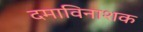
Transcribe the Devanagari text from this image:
दमाविनाशक